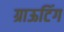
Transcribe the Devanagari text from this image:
ग्राऊटिंग